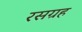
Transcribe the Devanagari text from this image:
रसग्रह